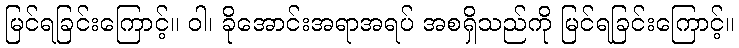
မြင်ရခြင်းကြောင့်။ ဝါ၊ ခိုအောင်းအရာအရပ် အစရှိသည်ကို မြင်ရခြင်းကြောင့်။